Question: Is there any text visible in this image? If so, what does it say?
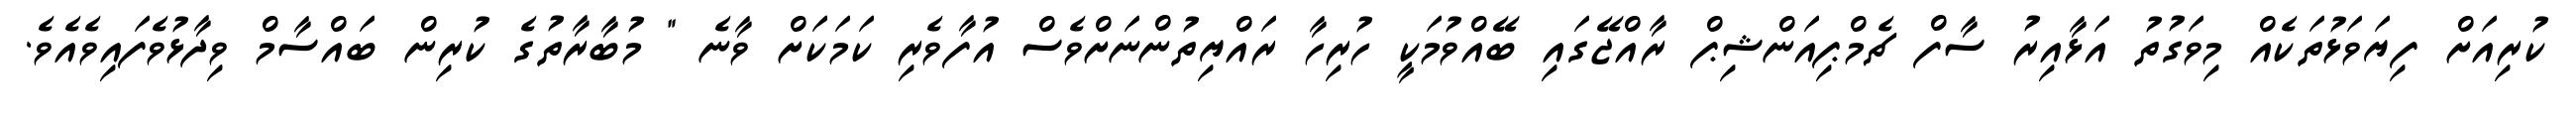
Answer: ކުރިއަށް ފިޔަވަޅުތަކެއް މިވަގުތު އަޅާއިރު ސާފް ޗެމްޕިއަންޝިޕް ރާއްޖޭގައި ބޭއްވުމަކީ ހުރިހާ ރައްޔިތުންނަށްވެސް އުފާވެރި ކަމަކަށް ވާނެ " މުބާރާތުގެ ކުރިން ބައްސާމް ވިދާޅުވެފައިވެއެވެ.